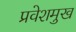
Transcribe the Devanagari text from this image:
प्रवेशमुख